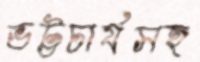
ভট্টচার্যসহ